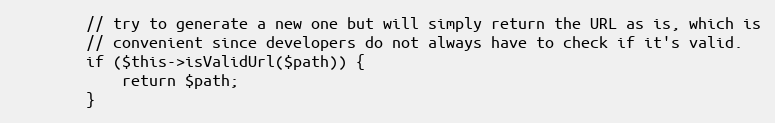
Language: PHP
        // try to generate a new one but will simply return the URL as is, which is
        // convenient since developers do not always have to check if it's valid.
        if ($this->isValidUrl($path)) {
            return $path;
        }